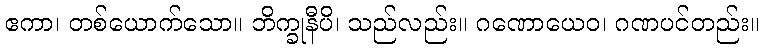
ဧကာ၊ တစ်ယောက်သော။ ဘိက္ခုနီပိ၊ သည်လည်း။ ဂဏောယေဝ၊ ဂဏပင်တည်း။